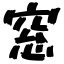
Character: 窓